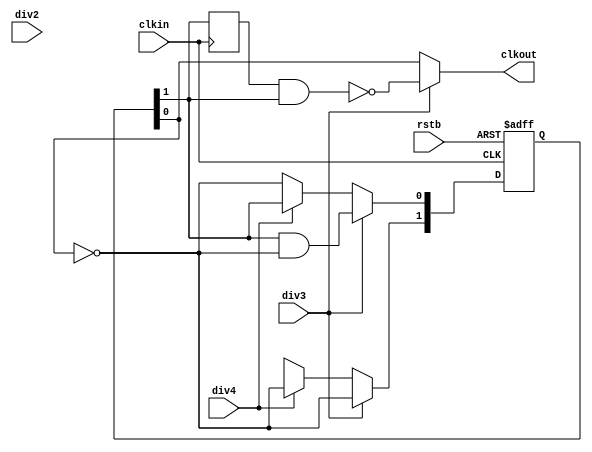
/*
 * clkdiv234
 *
 * Divide by 2, 3 or 4, all with a 50:50 mark space ratio
 *
 */

module clkdiv234 (
                  input      clkin,
                  input      rstb,
                  input      div2,
                  input      div3,
                  input      div4,
                  output reg clkout
                  );



  reg [1:0]                  p_d;
  reg [1:0]                  p_q;
  reg                        n_q;


  always @  ( * ) begin
    if ( div3 ) begin
      p_d[1] = !p_q[0];
      p_d[0] = p_q[1] & !p_q[0];

      clkout = !(n_q & p_q[1]);
    end
    else if (div4) begin
      p_d[1] = !p_q[0];
      p_d[0] = p_q[1];

      clkout = p_q[0];
    end
    else begin
      p_d[1] = 1'bx;
      p_d[0] = !p_q[0];

      clkout = p_q[0];
    end
  end

  always @ ( posedge clkin or negedge rstb )
    if ( !rstb )
      p_q <= 2'b00;
    else
      p_q <= p_d;

  always @ ( negedge clkin)
    n_q <= p_q[1];

endmodule